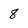
Character: 8